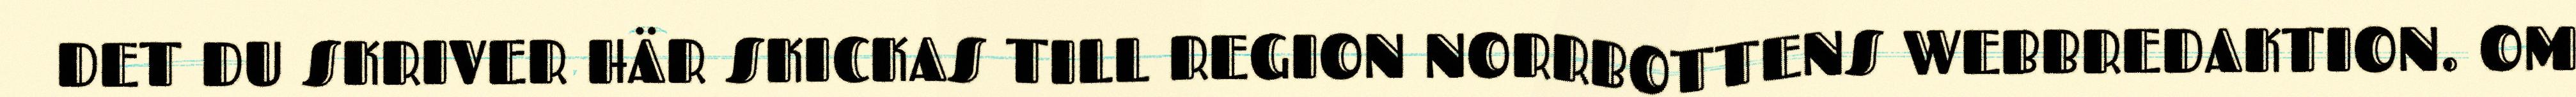
DET DU SKRIVER HÄR SKICKAS TILL REGION NORRBOTTENS WEBBREDAKTION. OM